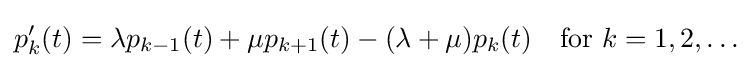
p_{k}^{\prime }(t)=\lambda p_{k-1}(t)+\mu p_{k+1}(t)-(\lambda +\mu )p_{k}(t)\quad {\text{for }}k=1,2,\ldots